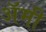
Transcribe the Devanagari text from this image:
अॅमी